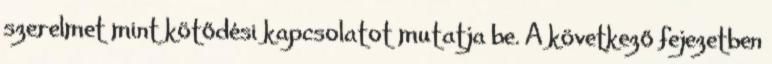
szerelmet mint kötődési kapcsolatot mutatja be. A következő fejezetben